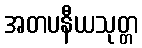
အတပနီယသုတ္တ